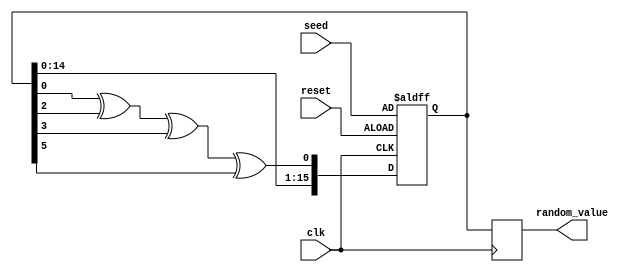
module RandomInitialization #(
    parameter WIDTH = 16 // Width of the random value output
)(
    input wire clk,          // Clock signal
    input wire reset,        // Reset signal (active high)
    input wire [WIDTH-1:0] seed, // Seed input for initialization
    output reg [WIDTH-1:0] random_value // Random value output
);

    // Internal state for the LFSR
    reg [WIDTH-1:0] lfsr;

    // LFSR feedback polynomial (example for 16-bit LFSR)
    wire feedback = lfsr[0] ^ lfsr[2] ^ lfsr[3] ^ lfsr[5]; // Example taps

    always @(posedge clk or posedge reset) begin
        if (reset) begin
            // Initialize LFSR with seed value on reset
            lfsr <= seed;
        end else begin
            // Shift and feedback for LFSR
            lfsr <= {lfsr[WIDTH-2:0], feedback};
        end
    end

    always @(posedge clk) begin
        // Output the current LFSR value as random value
        random_value <= lfsr;
    end

endmodule